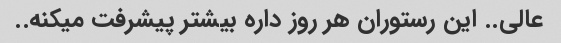
عالی.. این رستوران هر روز داره بیشتر پیشرفت میکنه..